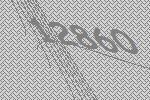
12860